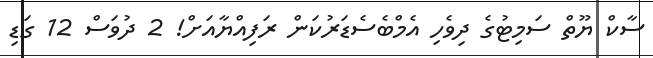
ސާކް ޔޫތް ސަމިޓުގެ ދިވެހި އެމްބެސެޑަރުކަން ރަފިއްޔާއަށް! 2 ދުވަސް 12 ގަޑި